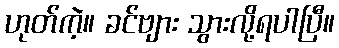
ဟုတ်ကဲ့။ ခင်ဗျား သွားလို့ရပါပြီ။